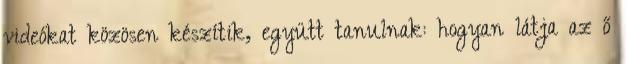
videókat közösen készítik, együtt tanulnak: hogyan látja az ő